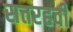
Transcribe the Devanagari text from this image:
सत्तरहवीं